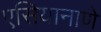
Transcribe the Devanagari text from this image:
एसियानाणे